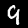
Digit: 9